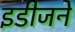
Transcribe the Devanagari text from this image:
इडीजने